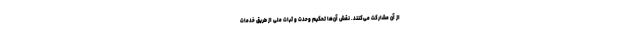
از آن مشارکت می‌کنند. نقش‌ آن‌ها تحکیم وحدت و ثبات ملی از طریق خدمات